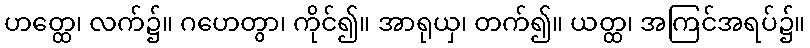
ဟတ္ထေ၊ လက်၌။ ဂဟေတွာ၊ ကိုင်၍။ အာရုယှ၊ တက်၍။ ယတ္ထ၊ အကြင်အရပ်၌။